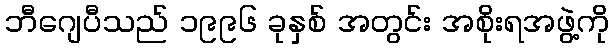
ဘီဂျေပီသည် ၁၉၉၆ ခုနှစ် အတွင်း အစိုးရအဖွဲ့ကို